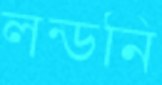
লন্ডনি